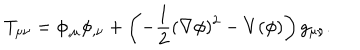
T _ { \mu \nu } = \phi _ { , \mu } \phi _ { , \nu } + \left( - \frac { 1 } { 2 } ( \nabla \phi ) ^ { 2 } - V ( \phi ) \right) g _ { \mu \nu } .